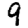
Digit: 9